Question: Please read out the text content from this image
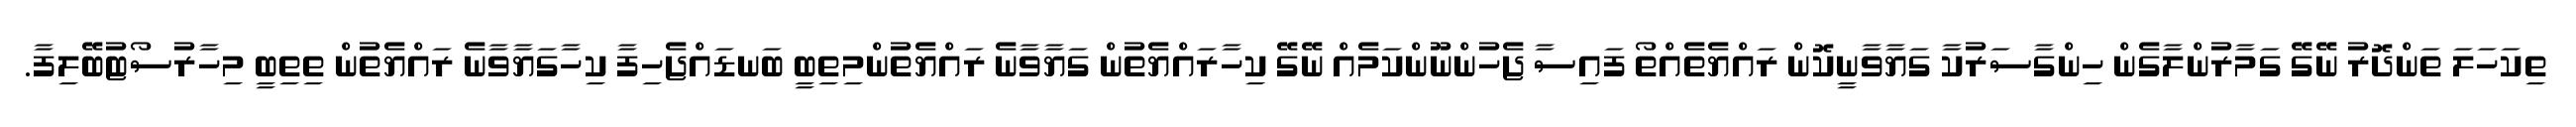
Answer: ތިކަހަލަ ތަންދޮރު ނޭގޭ ގަމާރުންލާގެން ހިންގާސަރުކާ ގަޔާވާނީކޮން ރައްޔެތެއްތޯ ފައިސާ ޖެހުންނޫންކަމެއް ނޭގޭ ކިހާރައްޔެތުން ގަޔާވާނެ ރައްޔެތުންމިތިބީ ބަނޑައްޖެހިފާ ކިހާގަޔާވާނެ ރައްޔެތުން ތިތިބީ މިހާރުސޯޓުބޭލިފާ.